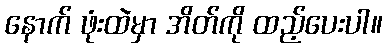
နောက် ဖုံးထဲမှာ အိတ်ကို ထည့်ပေးပါ။